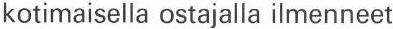
kotimaisella ostajalla ilmenneet